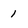
Character: 1